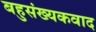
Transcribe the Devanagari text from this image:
बहुसंख्यकवाद